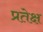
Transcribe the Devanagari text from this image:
प्रतेक्ष